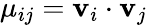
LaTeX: \mu_{ij}=\mathbf{v}_{i}\cdot\mathbf{v}_{j}